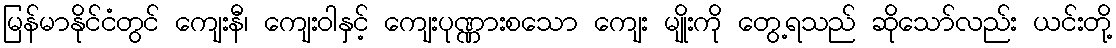
မြန်မာနိုင်ငံတွင် ကျေးနီ၊ ကျေးဝါနှင့် ကျေးပုဏ္ဏားစသော ကျေး မျိုးကို တွေ့ရသည် ဆိုသော်လည်း ယင်းတို့